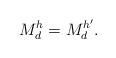
LaTeX: \begin{align*}M_d^h=M_d^{h'}.\end{align*}